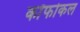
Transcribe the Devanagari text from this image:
कोंफोकल